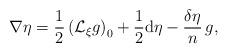
LaTeX: \begin{align*} \nabla \eta = \frac{1}{2} \left(\mathcal{L} _{\xi} g\right) _0 + \frac{1}{2} {\rm d} \eta - \frac{\delta \eta}{n} \, g, \end{align*}